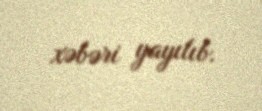
xəbəri yayılıb.